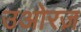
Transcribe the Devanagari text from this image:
उओरज़